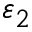
\varepsilon _ { 2 }